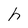
Character: h